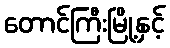
တောင်ကြီးမြို့နှင့်